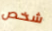
شخص